Annual returns of the Patna Lunatic Asylum at Bankipore in Bihar and Orissa - 1912-1924
Year: 1912
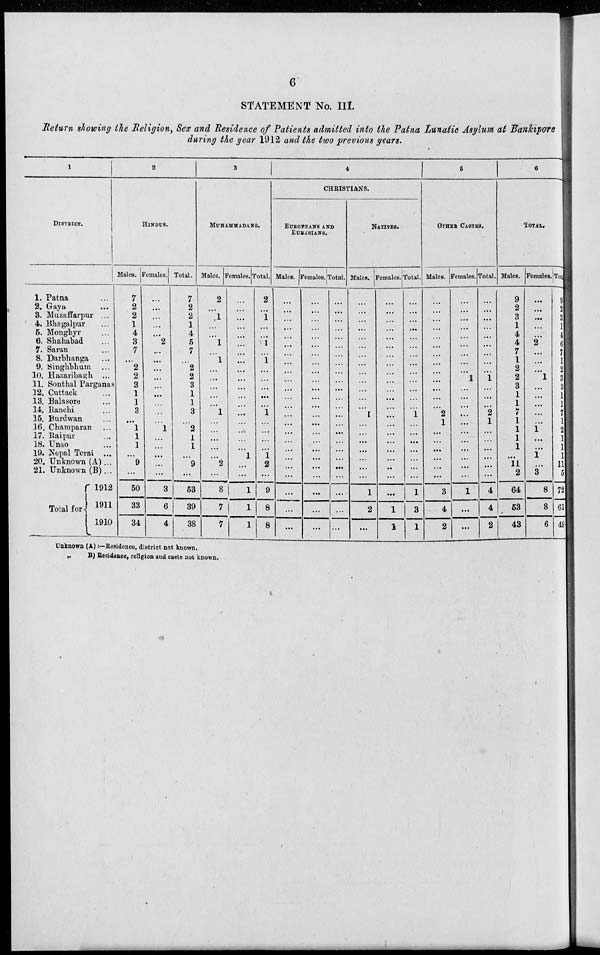
6
STATEMENT No. III.
Return showing the Religion, Sex and Residence of Patients admitted into the Patna Lunatic Asylum at Bankipore
during the year 1912 and the two previous years.
1
DISTRICT.
1.
2.
3.
4.
5.
6.
7.
8.
9.
10.
11.
12.
13.
14.
15.
16.
17.
18.
19.
20.
21.
Patna ...
Gaya
...
Muzaffarpur ...
Bhagalpur ...
Monghyr ...
Shahabad ...
Saran ...
Darbhanga ...
Singhbhum ...
Hazaribagh
...
Sonthal Parganas
Cuttack ...
Balasore ...
Ranchi ...
Burdwan ...
Champaran ...
Raipur ...
Unao ...
Nepal Terai ...
Unknown (A) ...
Unknown (B)...
Total for
1912
1911
1910
2
HINDUS.
Males.
7
2
2
1
4
3
7
...
2
2
3
1
1
3
...
1
1
1
...
9
...
50
33
34
Females.
...
...
...
...
...
2
...
...
...
...
...
...
...
...
...
1
...
...
...
...
...
3
6
4
Total.
7
2
2
1
4
5
7
...
2
2
3
1
1
3
...
2
1
1
...
9
...
53
39
38
3
MUHAMMADANS.
Males.
2
...
1
...
...
1
...
1
...
...
...
...
...
1
...
...
...
...
...
2
...
8
7
7
Females.
...
...
...
...
...
...
...
...
...
...
...
...
...
...
...
...
...
...
1
...
...
1
1
1
Total.
2
...
1
...
...
1
...
1
...
...
...
...
...
1
...
...
...
...
1
2
...
9
8
8
4
CHRISTIANS.
EUROPEANS AND
EURASIANS.
Males.
...
...
...
...
...
...
...
...
...
...
...
...
...
...
...
...
...
...
...
...
...
...
...
...
Females.
...
...
...
...
...
...
...
...
...
...
...
...
...
...
...
...
...
...
...
...
...
...
...
...
Total.
...
...
...
...
...
...
...
...
...
...
...
...
...
...
...
...
...
...
...
...
...
...
...
...
NATIVES.
Males.
...
...
...
...
...
...
...
...
...
...
...
...
...
1
...
...
...
...
...
...
...
1
2
...
Females.
...
...
...
...
...
...
...
...
...
...
...
...
...
...
...
...
...
...
...
...
...
...
1
1
Total.
...
...
...
...
...
...
...
...
...
...
...
...
...
1
...
...
...
...
...
...
...
1
3
1
5
OTHER CASTES.
Males.
...
...
...
...
...
...
...
...
...
...
...
...
...
2
1
...
...
...
...
...
...
3
4
2
Females.
...
...
...
...
...
...
...
...
...
1
...
...
...
...
...
...
...
...
...
...
...
1
...
...
Total.
...
...
...
...
...
...
...
...
...
1
...
...
...
2
1
...
...
...
...
...
...
4
4
2
6
TOTAL.
Males.
9
2
3
1
4
4
7
1
2
2
3
1
1
7
1
1
1
1
...
11
2
64
53
43
Females.
...
...
...
...
...
2
...
...
...
1
...
...
...
...
...
1
...
...
1
...
3
8
8
6
Total.
9
2
3
1
4
6
7
1
2
3
3
1
1
7
1
2
1
1
1
11
5
72
61
49
Unknown (A) :—Residence, district not known.
(B) Residence, religion and caste not known.